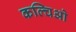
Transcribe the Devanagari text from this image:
कल्चिओ